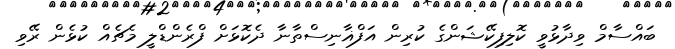
ބައްސާމް ވިދާޅުވީ ކޮލިފިކޭޝަންގެ ކުރިން އަފްޣާނިސްތާނާ ދެކޮޅަށް ފްރެންޑްލީ މެޗެއް ކުޅެން ރޭވި